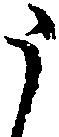
う